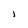
Character: j